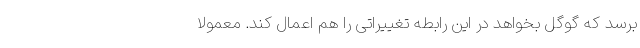
برسد که گوگل بخواهد در این رابطه تغییراتی را هم اعمال کند. معمولا